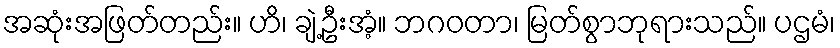
အဆုံးအဖြတ်တည်း။ ဟိ၊ ချဲ့ဦးအံ့။ ဘဂဝတာ၊ မြတ်စွာဘုရားသည်။ ပဌမံ၊